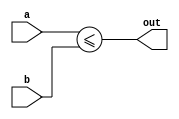
module less_than_equal_comparator (
    input [7:0] a,
    input [7:0] b,
    output wire out
);

assign out = (a <= b);

endmodule